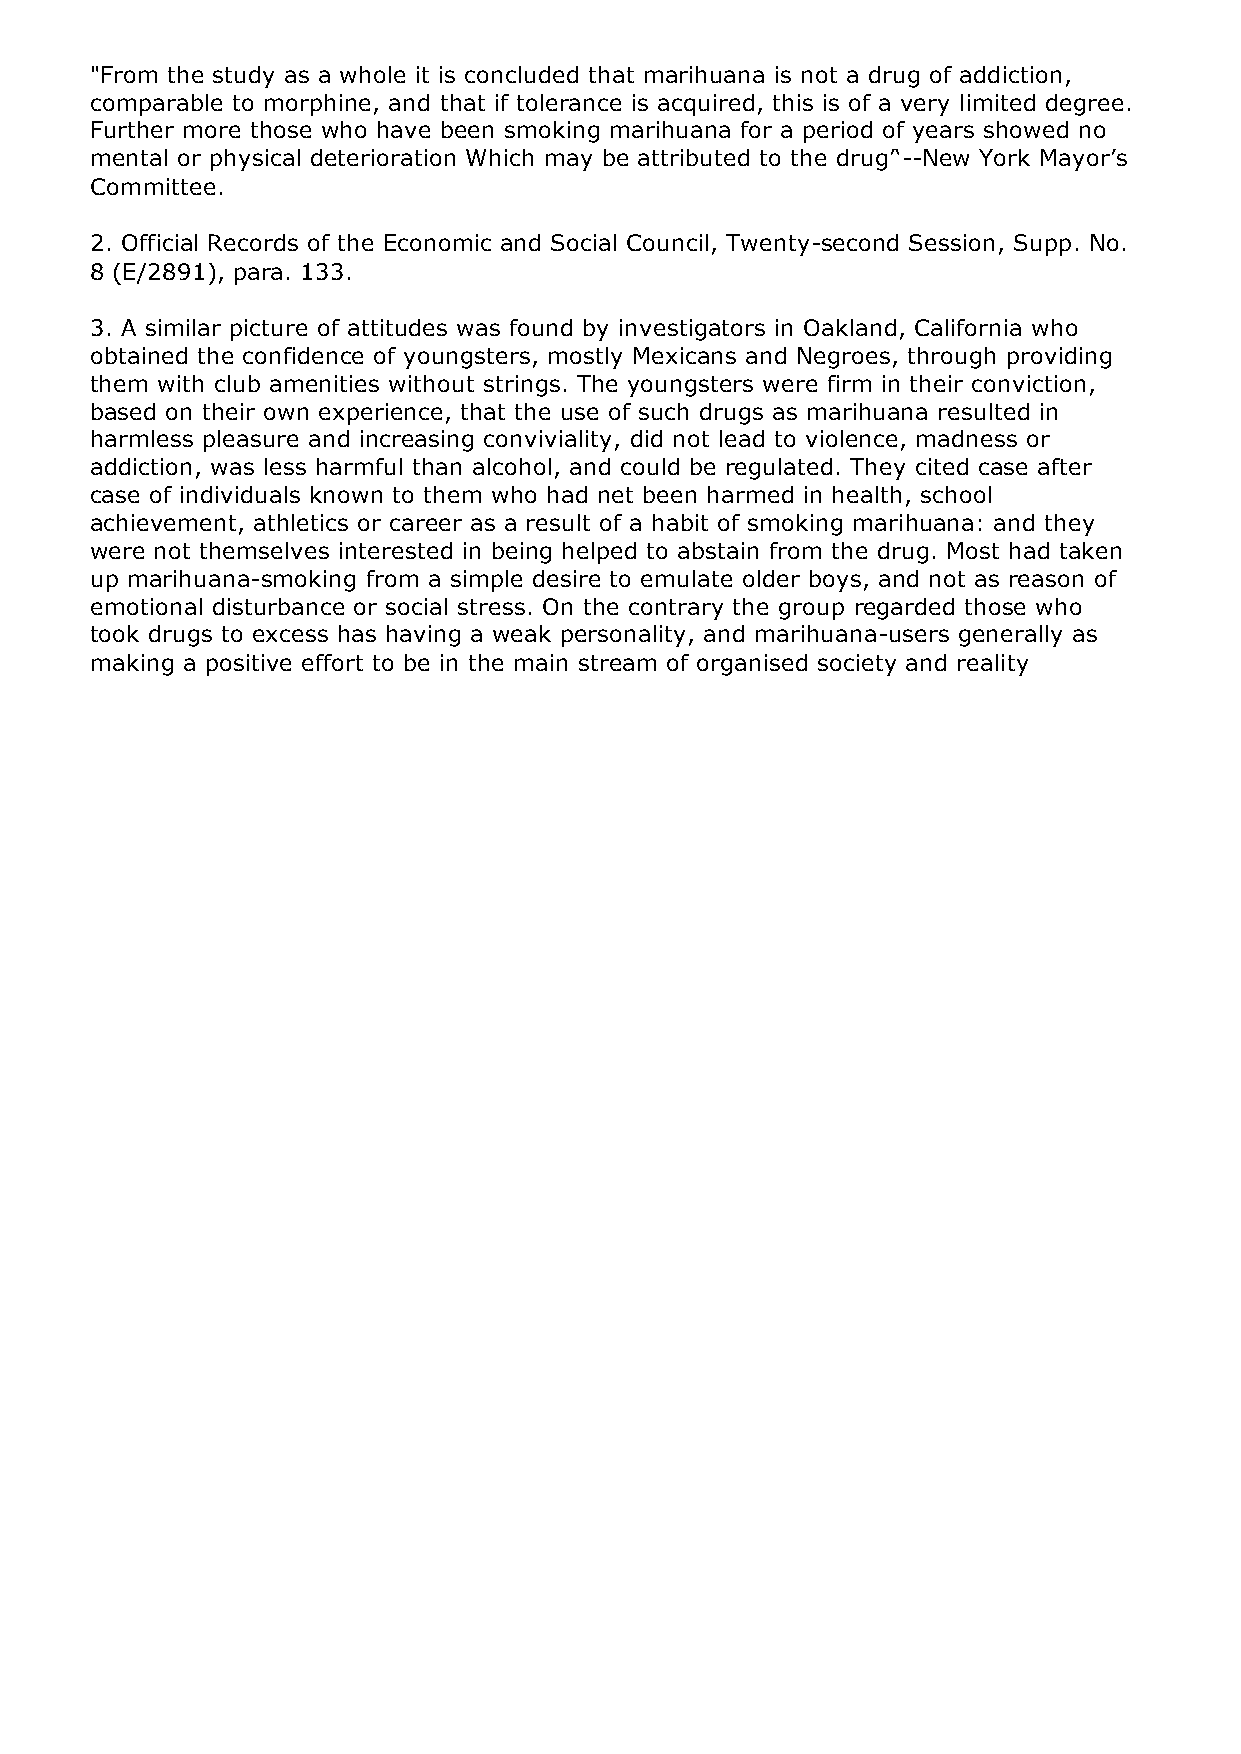
"From the study as a whole it is concluded that marihuana is not a drug of addiction,
 comparable to morphine, and that if tolerance is acquired, this is of a very limited degree.
 Further more those who have been smoking marihuana for a period of years showed no
 mental or physical deterioration Which may be attributed to the drug’‘--New York Mayor’s
 Committee.
 2. Official Records of the Economic and Social Council, Twenty-second Session, Supp. No.
 8 (E/2891), para. 133.
 3. A similar picture of attitudes was found by investigators in Oakland, California who
 obtained the confidence of youngsters, mostly Mexicans and Negroes, through providing
 them with club amenities without strings. The youngsters were firm in their conviction,
 based on their own experience, that the use of such drugs as marihuana resulted in
 harmless pleasure and increasing conviviality, did not lead to violence, madness or
 addiction, was less harmful than alcohol, and could be regulated. They cited case after
 case of individuals known to them who had net been harmed in health, school
 achievement, athletics or career as a result of a habit of smoking marihuana: and they
 were not themselves interested in being helped to abstain from the drug. Most had taken
 up marihuana-smoking from a simple desire to emulate older boys, and not as reason of
 emotional disturbance or social stress. On the contrary the group regarded those who
 took drugs to excess has having a weak personality, and marihuana-users generally as
 making a positive effort to be in the main stream of organised society and reality